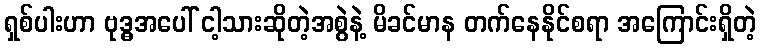
ရှစ်ပါးဟာ ဗုဒ္ဓအပေါ် ငါ့သားဆိုတဲ့အစွဲနဲ့ မိခင်မာန တက်နေနိုင်စရာ အကြောင်းရှိတဲ့